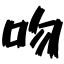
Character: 吻